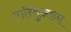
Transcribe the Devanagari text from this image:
मारितुआना